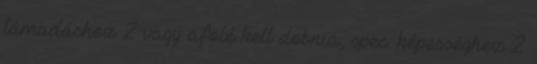
támadáshoz 2 vagy afölé kell dobnia, spec. képességhez 2